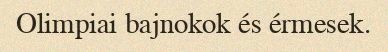
Olimpiai bajnokok és érmesek.